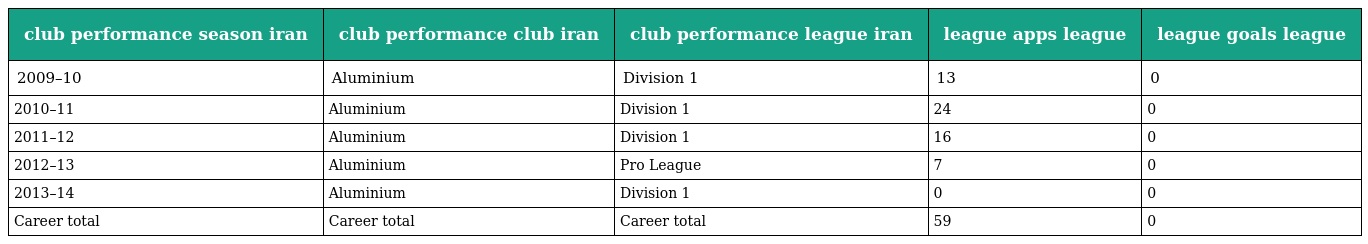
| club performance season iran | club performance club iran | club performance league iran | league apps league | league goals league |
 | --- | --- | --- | --- | --- |
 | 2009–10 | Aluminium | Division 1 | 13 | 0 |
 | 2010–11 | Aluminium | Division 1 | 24 | 0 |
 | 2011–12 | Aluminium | Division 1 | 16 | 0 |
 | 2012–13 | Aluminium | Pro League | 7 | 0 |
 | 2013–14 | Aluminium | Division 1 | 0 | 0 |
 | Career total | Career total | Career total | 59 | 0 |